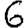
Digit: 6